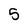
Character: 5